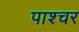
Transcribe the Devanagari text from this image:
पाश्‍चर